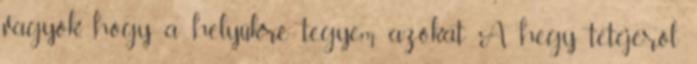
vagyok, hogy a helyükre tegyem azokat. A hegy tetejéről